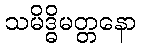
သမိဒ္ဓိမတ္တနော